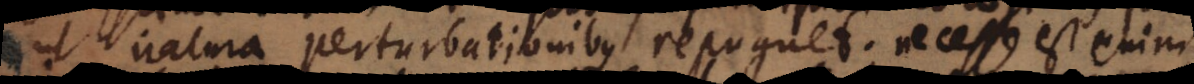
ut natura perturbationibus repugnet. Necesse est enim